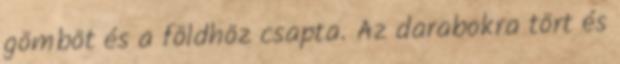
gömböt és a földhöz csapta. Az darabokra tört és